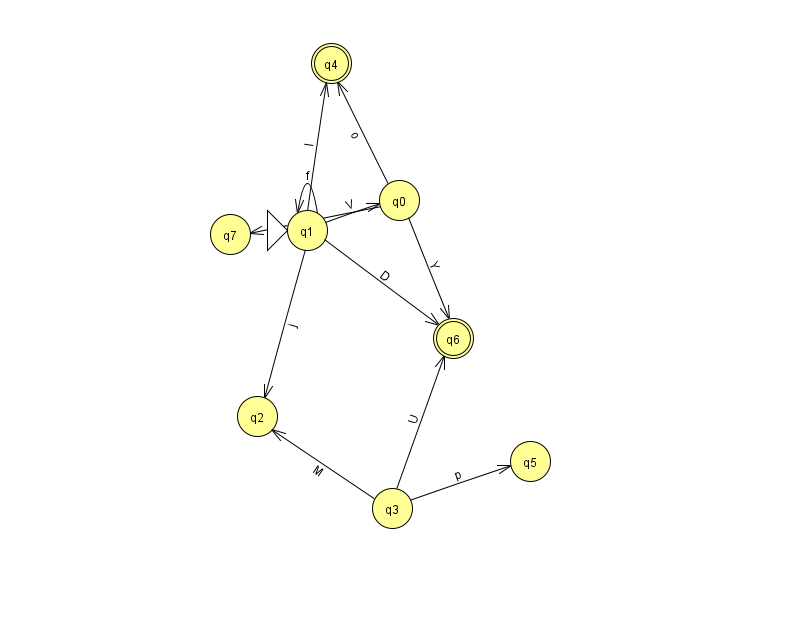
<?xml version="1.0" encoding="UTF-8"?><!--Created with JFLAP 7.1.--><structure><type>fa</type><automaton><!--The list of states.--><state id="0" name="q0"><x>399.0</x><y>187.0</y></state><state id="1" name="q1"><x>307.0</x><y>217.0</y><initial/></state><state id="2" name="q2"><x>257.0</x><y>403.0</y></state><state id="3" name="q3"><x>392.0</x><y>495.0</y></state><state id="4" name="q4"><x>331.0</x><y>50.0</y><final/></state><state id="5" name="q5"><x>530.0</x><y>448.0</y></state><state id="6" name="q6"><x>453.0</x><y>325.0</y><final/></state><state id="7" name="q7"><x>230.0</x><y>221.0</y></state><!--The list of transitions.--><transition><from>0</from><to>7</to><read>B</read></transition><transition><from>1</from><to>0</to><read>V</read></transition><transition><from>0</from><to>6</to><read>Y</read></transition><transition><from>1</from><to>1</to><read>f</read></transition><transition><from>3</from><to>5</to><read>p</read></transition><transition><from>1</from><to>6</to><read>D</read></transition><transition><from>0</from><to>4</to><read>o</read></transition><transition><from>1</from><to>4</to><read>l</read></transition><transition><from>1</from><to>2</to><read>j</read></transition><transition><from>3</from><to>2</to><read>M</read></transition><transition><from>3</from><to>6</to><read>U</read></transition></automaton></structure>